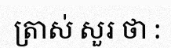
ត្រាស់ សួរ ថា :